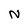
Character: N